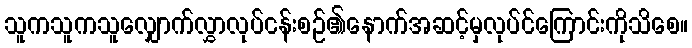
သူကသူကသူလျှောက်လွှာလုပ်ငန်းစဉ်၏နောက်အဆင့်မှလုပ်င်ကြောင်းကိုသိစေ။